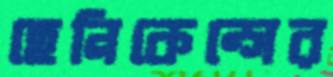
হেনিকেন্সের